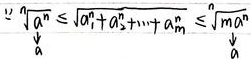
\(\sqrt[m]{\sum_{k} a_{k}^{n}} \leq \sqrt[n]{a_{1}^{m}+a_{2}^{m}+\cdots +a_{m}^{n}} \leq \sqrt[n]{m\sum_{k} a_{k}^{n}}\)